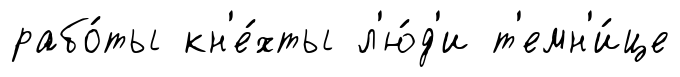
рабо́ты кн'е́хты л'ю́д'и т'емн'и́це